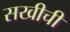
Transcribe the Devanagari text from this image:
सखीची